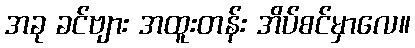
အခု ခင်ဗျား အထူးတန်း အိပ်စင်မှာလေ။